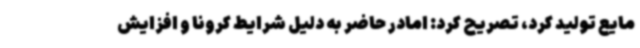
مایع تولید کرد، تصریح کرد: امادر حاضر به دلیل شرایط کرونا و افزایش